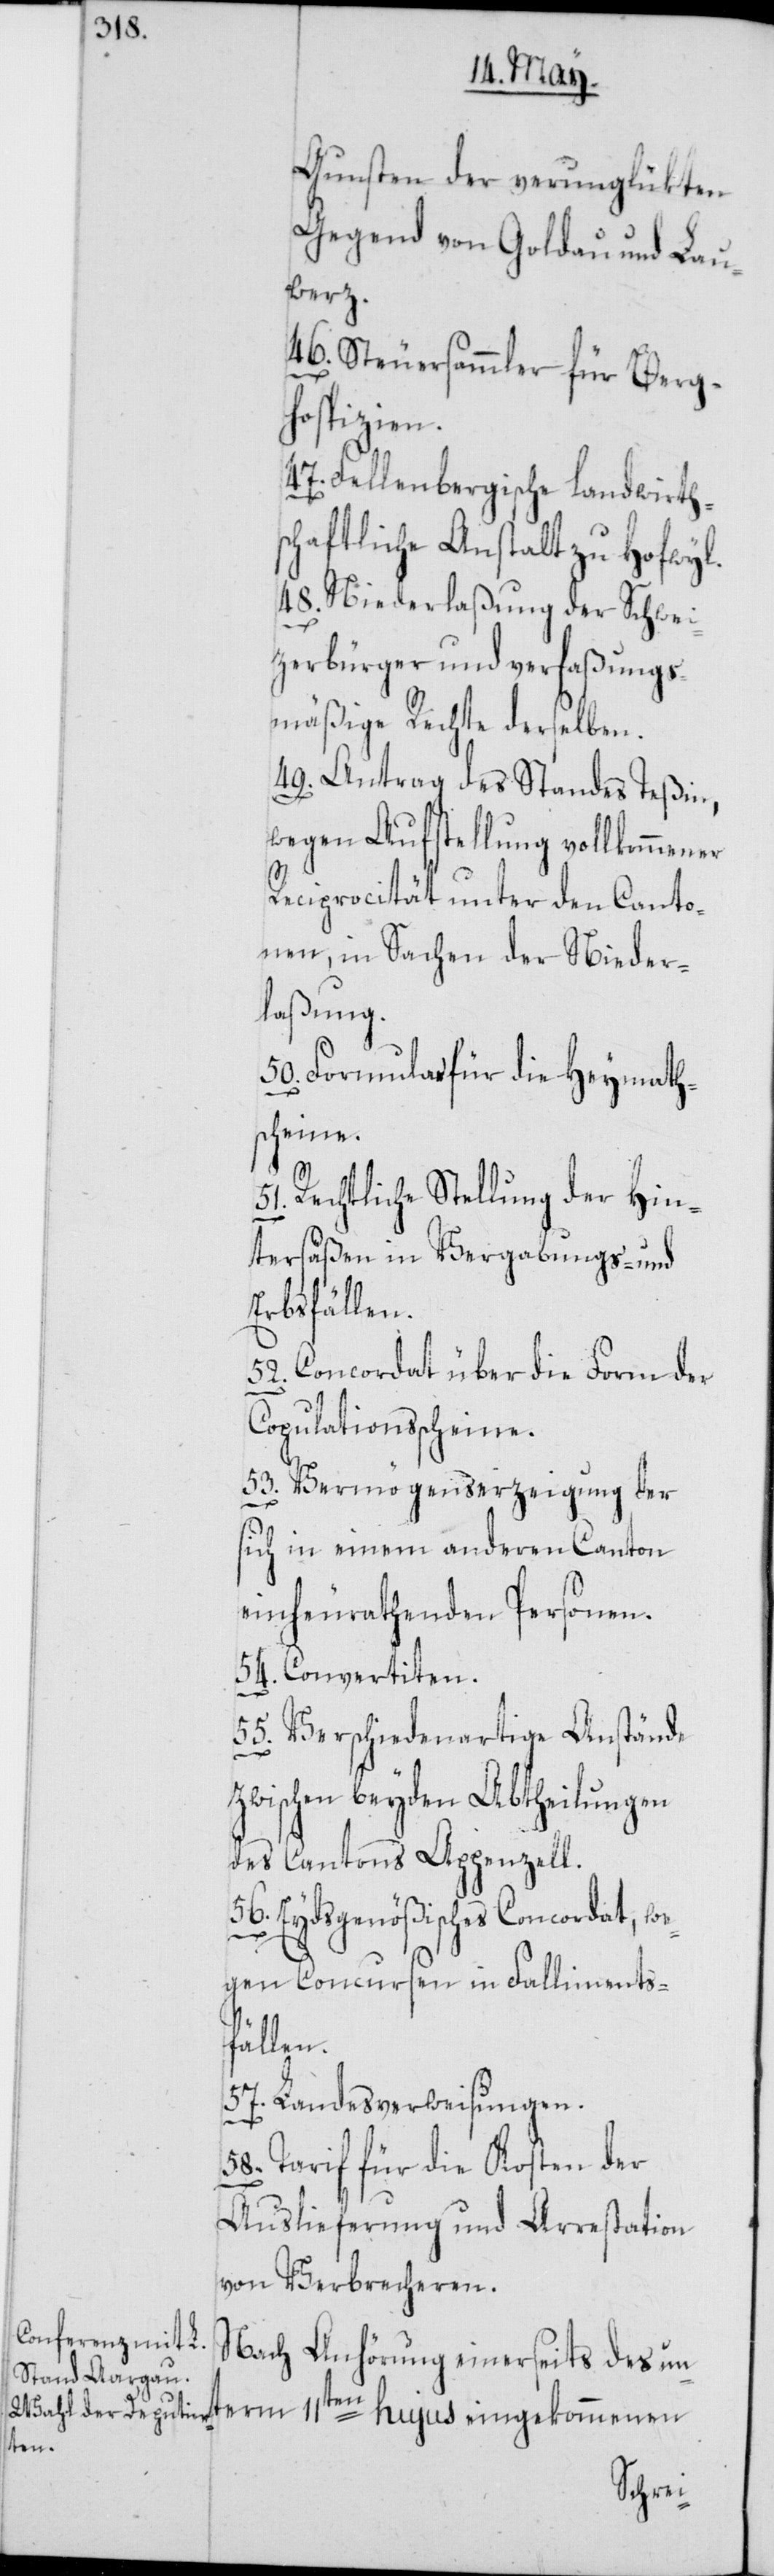
Gunsten der verunglükten
Gegend von Goldau und Lau¬
werz.
46. Steuersammler für Bergh¬
ospizien.
47. Fellenbergische landwirth¬
schaftliche Anstalt zu Hofwyl.
48. Niederlaßung der Schwei¬
tzerbürger und verfaßungs¬
mäßige Rechte derselben.
49. Antrag des Standes Teßin,
wegen Aufstellung vollkommener
Reciprocität unter den Canto¬
nen, in Sachen der Nieder¬
laßung.
50. Formular für die Heymaths¬
cheine.
Rechtliche Stellung der Hin¬
tersäßen in Vergabungs- und
Erbsfällen.
52. Concordat über die Form der
Copulationsscheine.
53. Vermögenserzeigung der
sich in einem anderen Canton
einheurathenden Personen.
54. Convertiten.
55. Verschiedenartige Anstände
zwischen beyden Abtheilungen
des Cantons Appenzell.
56. Eydsgenößisches Concordat, we¬
gen Concursen in Falliments¬
fällen.
57. Landesverweisungen.
58. Tarif für die Kosten der
Auslieferung und Arrestation
von Verbrecheren.
Nach Anhörung einerseits des un¬
term